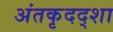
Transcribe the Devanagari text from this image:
अंतकृदद्शा